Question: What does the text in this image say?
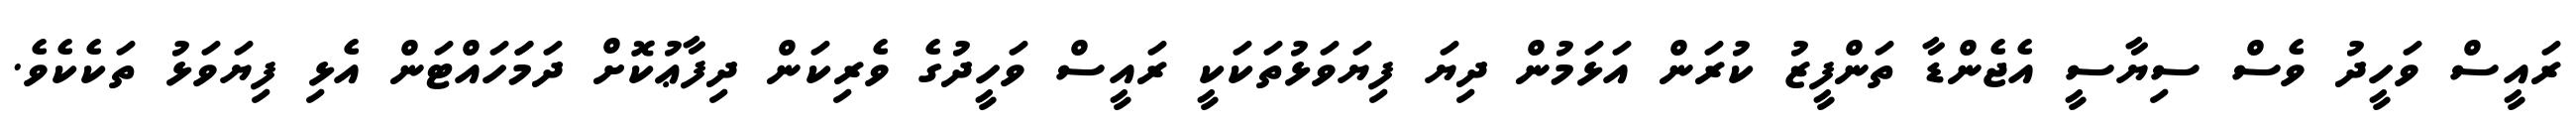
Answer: ރައީސް ވަހީދު ވެސް ސިޔާސީ އެޖެންޑާ ތަންފީޒު ކުރަން އަޅަމުން ދިޔަ ފިޔަވަޅުތަކަކީ ރައީސް ވަހީދުގެ ވެރިކަން ދިފާޢުކޮށް ދަމަަހައްޓަން އެޅި ފިޔަވަޅު ތަކެކެވެ.